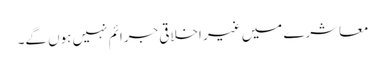
معاشرے میں غیر اخلاقی جرائم نہیں ہوں گے۔